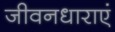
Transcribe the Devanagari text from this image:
जीवनधाराएं